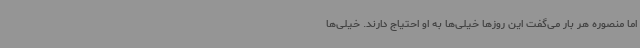
اما منصوره هر بار می‌گفت این روزها خیلی‌ها به او احتیاج دارند. خیلی‌ها